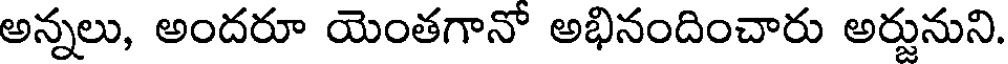
అన్నలు, అందరూ యెంతగానో అభినందించారు అర్జునుని.